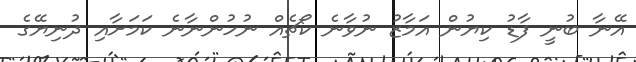
އޭނާ ބުނީ ފާޑު ކިޔުން އަމާޒު ނުވާނެ ކޯޗެއް ނުހުންނާނެ ކަމަށާއި ދުނިޔޭގެ